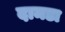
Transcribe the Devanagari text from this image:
दामडा